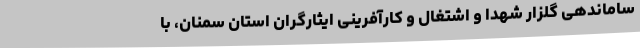
ساماندهی گلزار شهدا و اشتغال و کارآفرینی ایثارگران استان سمنان، با